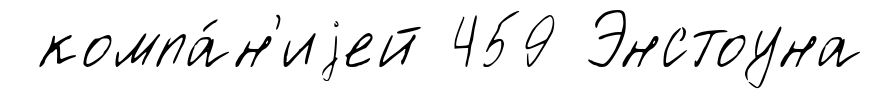
компа́н'иjей 459 Энстоуна